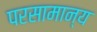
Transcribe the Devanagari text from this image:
परसामान्य